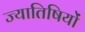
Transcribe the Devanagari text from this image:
ज्यातिषियों